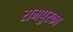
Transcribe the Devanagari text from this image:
रामपुरका